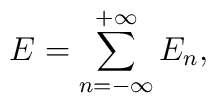
E=\sum\limits_{n=-\infty}^{+\infty}E_n,